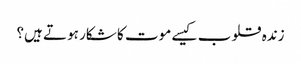
زندہ قلوب کیسے موت کا شکار ہوتے ہیں؟